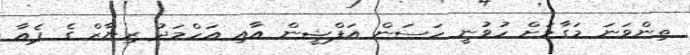
ތިންވަނަ މަގާމަށް ހުވުނީ ހަސަން އަފްޝީން އާއި އަހްމަދު ރިޔާޒް ގެ ޕެއާ